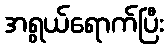
အရွယ်ရောက်ပြီး